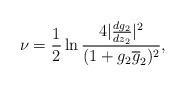
LaTeX: \begin{align*}\nu = \frac{1}{2} \ln \frac{4|\frac{dg_{2}}{dz_{2}}|^{2}}{(1+ g_{2}\overline{g}_{2})^{2}},\end{align*}